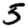
Digit: 5